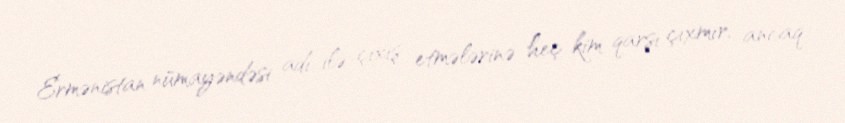
Ermənistan nümayəndəsi adı ilə çıxış etmələrinə heç kim qarşı çıxmır, ancaq